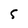
Character: 5